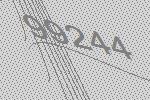
99244